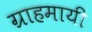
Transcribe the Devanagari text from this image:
ग्राहमायी